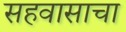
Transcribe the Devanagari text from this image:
सहवासाचा